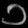
Digit: ၁